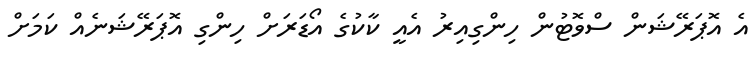
އެ އޮޕަރޭޝަން ސްވޮޓުން ހިންގިއިރު އެއީ ކާކުގެ އޯޑަރަށް ހިންގި އޮޕަރޭޝަނެއް ކަމަށް